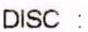
DISC: